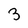
Character: 3